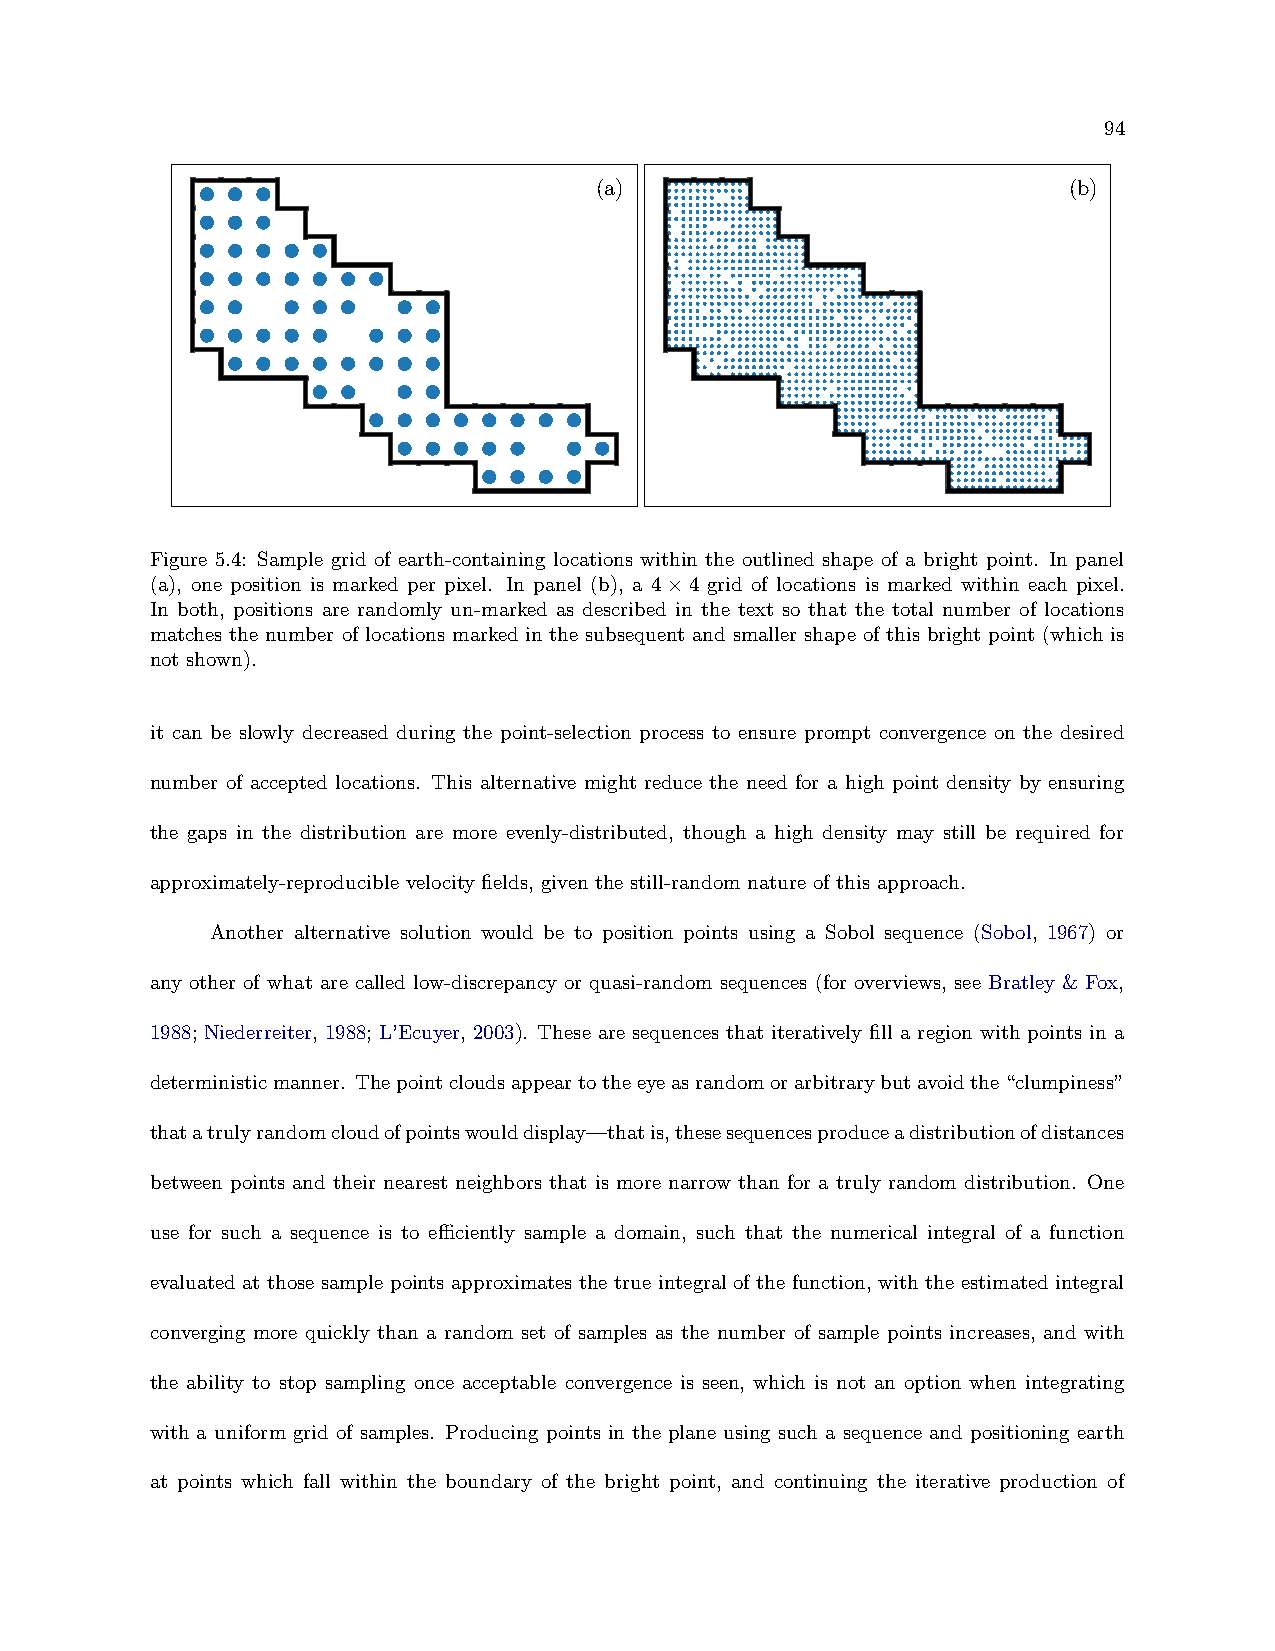
94
 (a)                             (b)
 Figure 5.4: Sample grid of earth-containing locations within the outlined shape of a bright point. In panel
 (a), one position is marked per pixel. In panel (b), a 4×4 grid of locations is marked within each pixel.
 In both, positions are randomly un-marked as described in the text so that the total number of locations
 matches the number of locations marked in the subsequent and smaller shape of this bright point (which is
 not shown).
 it can be slowly decreased during the point-selection process to ensure prompt convergence on the desired
 number of accepted locations. This alternative might reduce the need for a high point density by ensuring
 the gaps in the distribution are more evenly-distributed, though a high density may still be required for
 approximately-reproducible velocity fields, given the still-random nature of this approach.
 Another alternative solution would be to position points using a Sobol sequence (Sobol, 1967) or
 any other of what are called low-discrepancy or quasi-random sequences (for overviews, see Bratley & Fox,
 1988; Niederreiter, 1988; L’Ecuyer, 2003). These are sequences that iteratively fill a region with points in a
 deterministicmanner. Thepointcloudsappeartotheeyeasrandomorarbitrarybutavoidthe“clumpiness”
 thatatrulyrandomcloudofpointswoulddisplay—thatis,thesesequencesproduceadistributionofdistances
 between points and their nearest neighbors that is more narrow than for a truly random distribution. One
 use for such a sequence is to efficiently sample a domain, such that the numerical integral of a function
 evaluated at those sample points approximates the true integral of the function, with the estimated integral
 converging more quickly than a random set of samples as the number of sample points increases, and with
 the ability to stop sampling once acceptable convergence is seen, which is not an option when integrating
 with a uniform grid of samples. Producing points in the plane using such a sequence and positioning earth
 at points which fall within the boundary of the bright point, and continuing the iterative production of